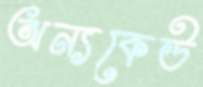
অন্যকেউ